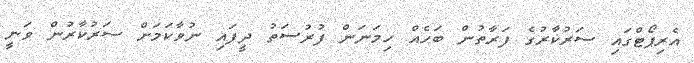
އެރިޕޯޓްގައި ސަރުކާރުގެ ފަރާތުން ބަހެއް ހިމަނަން ފުރުސަތު ދީފައި ނުވާކަމަށް ސަރުކާރުން ވަނީ